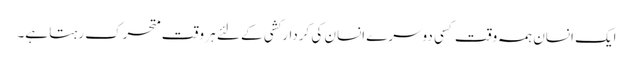
ایک انسان ہمہ وقت کسی دوسرے انسان کی کردارکشی کے لئے ہر وقت متحرک رہتا ہے۔